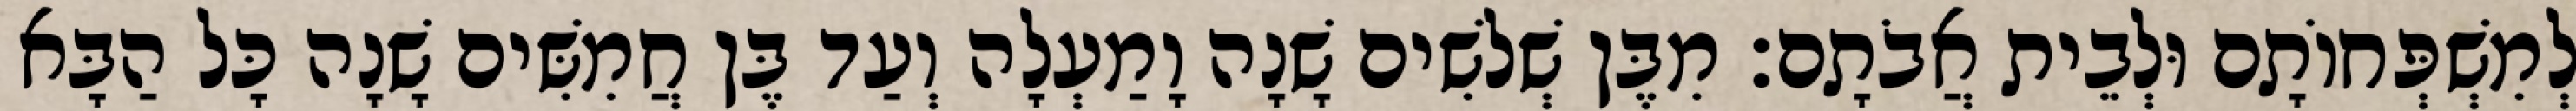
לְמִשְׁפְּחוֹתָם וּלְבֵית אֲבֹתָם׃ מִבֶּן שְׁלשִׁים שָׁנָה וָמַעְלָה וְעַד בֶּן חֲמִשִּׁים שָׁנָה כָּל הַבָּא